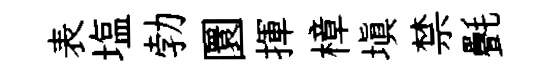
表塩勃圜揮樟塡禁㲲